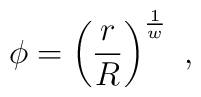
\phi = \left({r\over R}\right)^{1\over w} \ ,